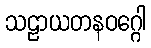
သဠာယတနဝဂ္ဂေါ